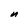
Character: n